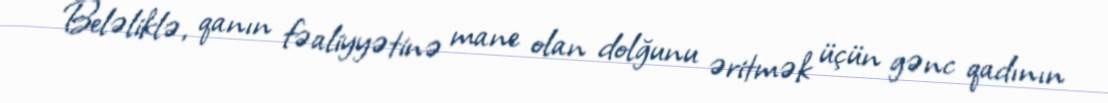
Beləliklə, qanın fəaliyyətinə mane olan dolğunu əritmək üçün gənc qadının